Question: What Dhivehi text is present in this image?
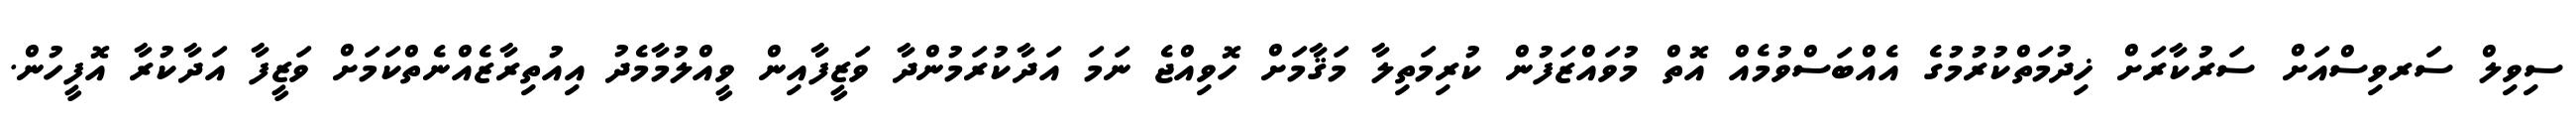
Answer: ސިވިލް ސަރވިސްއަށް ސަރުކާރަށް ޚިދުމަތްކުރުމުގެ އެއްބަސްވުމެއް އޮތް މުވައްޒަފުން ކުރިމަތިލާ މަޤާމަށް ހޮވިއްޖެ ނަމަ އަދާކުރަމުންދާ ވަޒީފާއިން ވީއްލުމާމެދު އިއުތިރާޒެއްނެތްކަމަށް ވަޒީފާ އަދާކުރާ އޮފީހުން.